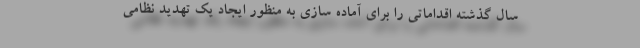
سال گذشته اقداماتی را برای آماده سازی به منظور ایجاد یک تهدید نظامی